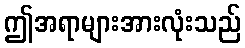
ဤအရာများအားလုံးသည်